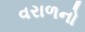
વરાળનો